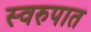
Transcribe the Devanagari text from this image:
स्‍वरुपात